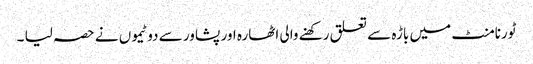
ٹورنامنٹ میں باڑہ سے تعلق رکھنے والی اٹھارہ اور پشاور سے دو ٹیموں نے حصہ لیا ۔